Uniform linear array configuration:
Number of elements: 48
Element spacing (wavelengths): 0.5
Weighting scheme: cosine
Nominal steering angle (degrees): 15
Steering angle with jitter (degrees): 14.568
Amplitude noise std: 0.05
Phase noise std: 0.05

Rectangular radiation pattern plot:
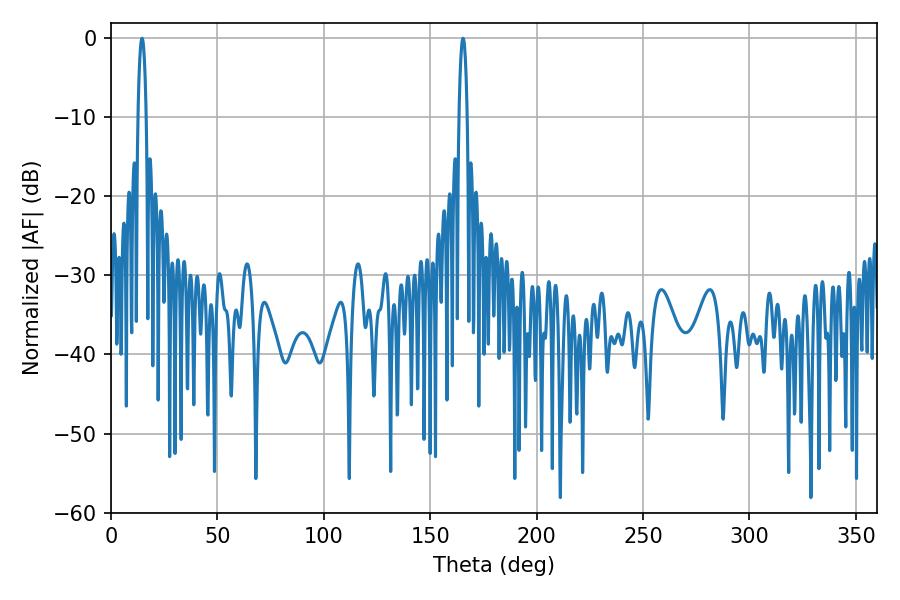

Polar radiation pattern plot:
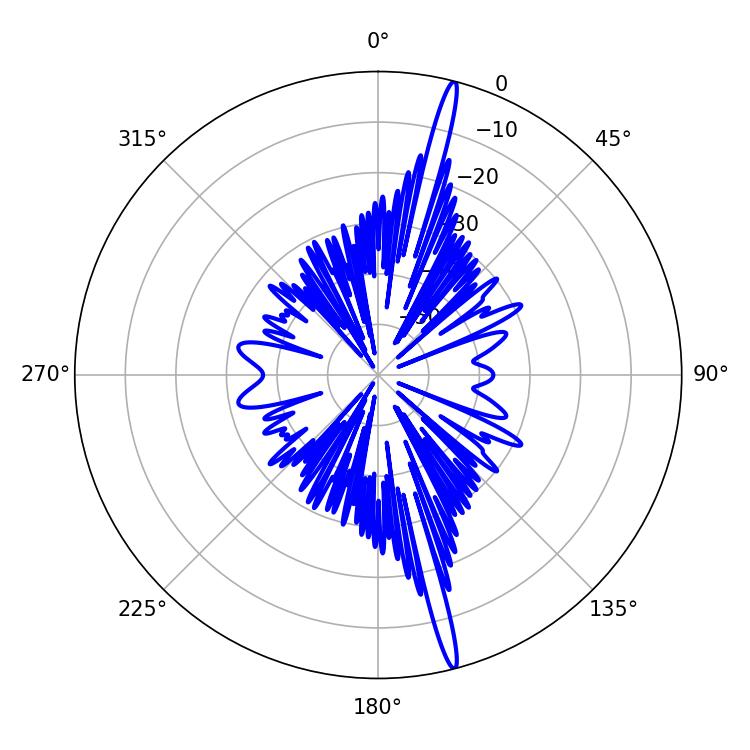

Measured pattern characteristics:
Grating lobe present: FALSE
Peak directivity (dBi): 19.613
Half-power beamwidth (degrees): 2.16
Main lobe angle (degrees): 165.42